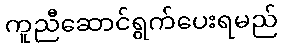
ကူညီဆောင်ရွက်ပေးရမည်